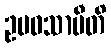
ဥပဝသာမီတိ